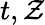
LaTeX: t,\mathcal{Z}